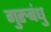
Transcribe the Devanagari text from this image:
गुरुबंधु